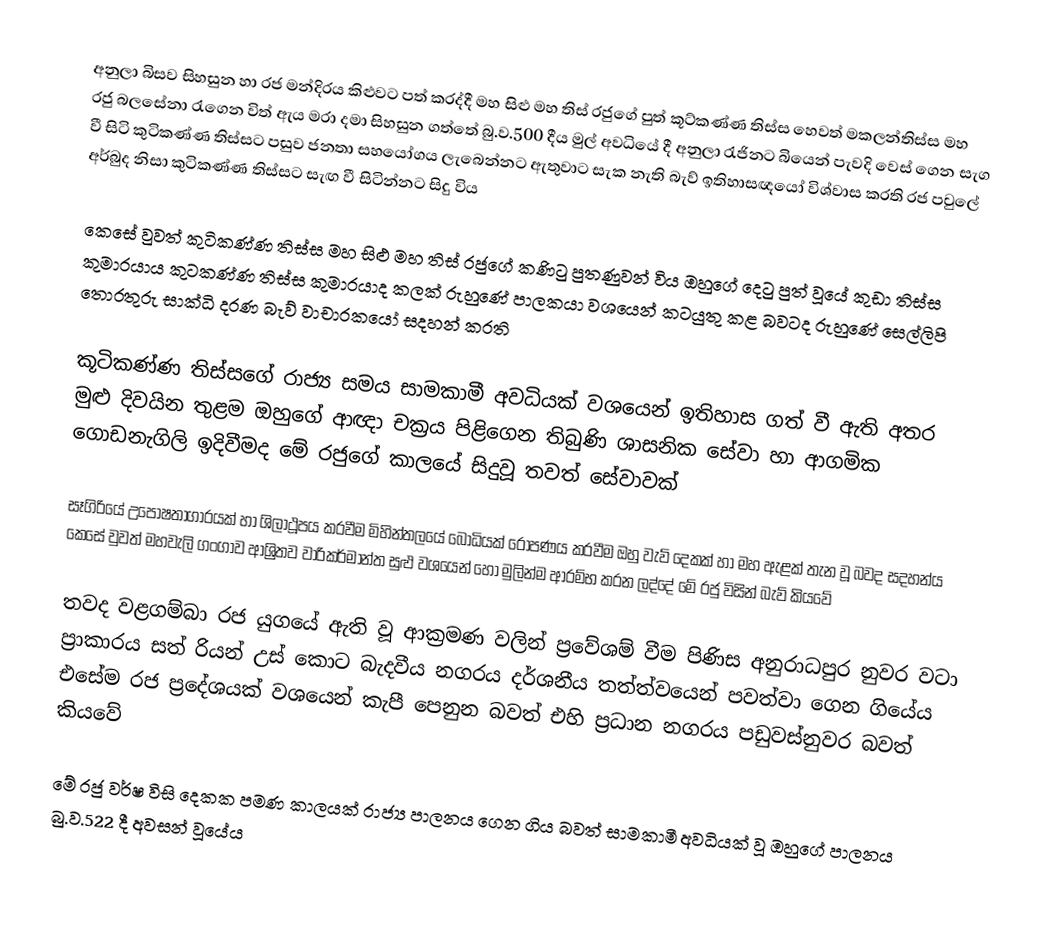
අනුලා බිසව සිහසුන හා රජ මන්දිරය කිළුවට පත් කරද්දී මහ සිළු මහ තිස් රජුගේ පුත් කූට්කණ්ණ තිස්ස හෙවත් මකලන්තිස්ස මහ රජු බලසේනා රැගෙන විත් ඇය මරා දමා සිහසුන ගත්තේ බු.ව.500 දීය මුල් අවධියේ දී අනුලා රැජිනට බියෙන් පැවදි වෙස් ගෙන සැග වී සිටි කුටිකණ්ණ තිස්සට පසුව ජනතා සහයෝගය ලැබෙන්නට ඇතුවාට සැක නැති බැව් ඉතිහාසඥයෝ විශ්වාස කරති රජ පවුලේ අර්බුද නිසා කුටිකණ්ණ තිස්සට සැඟ වී සිටින්නට සිදු විය

කෙසේ වුවත් කුටිකණ්ණ තිස්ස මහ සිළු මහ තිස් රජුගේ කණිටු පුතණුවන් විය ඔහුගේ දෙටු පුත් වූයේ කුඩා තිස්ස කුමාරයාය කුටකණ්ණ තිස්ස කුමාරයාද කලක් රුහුණේ පාලකයා වශයෙන් කටයුතු කළ බවටද රුහුණේ සෙල්ලිපි තොරතුරු සාක්ධි දරණ බැව් වාචාරකයෝ සදහන් කරති

කූටිකණ්ණ තිස්සගේ රාජ්‍ය සමය සාමකාමී අවධියක් වශයෙන් ඉතිහාස ගත් වී ඇති අතර මුළු දිවයින තුළම ඔහුගේ ආඥා චක්‍රය පිළිගෙන තිබුණි ශාසනික සේවා හා ආගමික ගොඩනැගිලි ඉදිවීමද මේ රජුගේ කාලයේ සිදුවූ තවත් සේවාවක්

සෑගිරියේ උපෝෂතාගාරයක් හා ශිලාථූපය කරවීම මිහින්තලයේ බෝධියක් රෝපණය කරවීම ඔහු වැව් දෙකක් හා මහ ඇළක් තැන වූ බවද සදහන්ය කෙසේ වුවත් මහවැලි ගංගාව ආශ්‍රිතව වාරිකර්මාන්ත සුළු වශයෙන් හෝ මුලින්ම ආරම්භ කරන ලද්දේ මේ රජු විසින් බැව් කියවේ

තවද වළගම්බා රජ යුගයේ ඇති වූ ආක්‍රමණ වලින් ප්‍රවේශම් වීම පිණිස අනුරාධපුර නුවර වටා ප්‍රාකාරය සත් රියන් උස් කොට බැදවීය නගරය දර්ශනීය තත්ත්වයෙන් පවත්වා ගෙන ගියේය එසේම රජ ප්‍රදේශයක් වශයෙන් කැපී පෙනුන බවත් එහි ප්‍රධාන නගරය පඩුවස්නුවර බවත් කියවේ

මේ රජු වර්ෂ විසි දෙකක පමණ කාලයක් රාජ්‍ය පාලනය ගෙන ගිය බවත් සාමකාමී අවධියක් වූ ඔහුගේ පාලනය බු.ව.522 දී අවසන් වූයේය